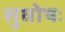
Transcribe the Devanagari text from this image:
सुघोषः